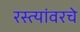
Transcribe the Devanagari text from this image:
रस्त्यांवरचे